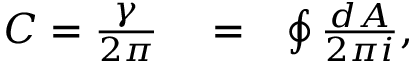
\begin{array} { r l r } { C = \frac { \gamma } { 2 \pi } } & { { } = } & { \oint \frac { d A } { 2 \pi i } , } \end{array}